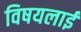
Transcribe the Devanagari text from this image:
विषयलाई